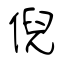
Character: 倪